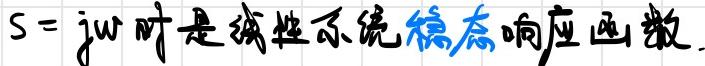
$s = j\omega$时是线性系统稳态响应函数.